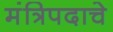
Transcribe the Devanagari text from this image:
मंत्रिपदाचे